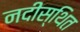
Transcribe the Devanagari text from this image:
नदीस्थित